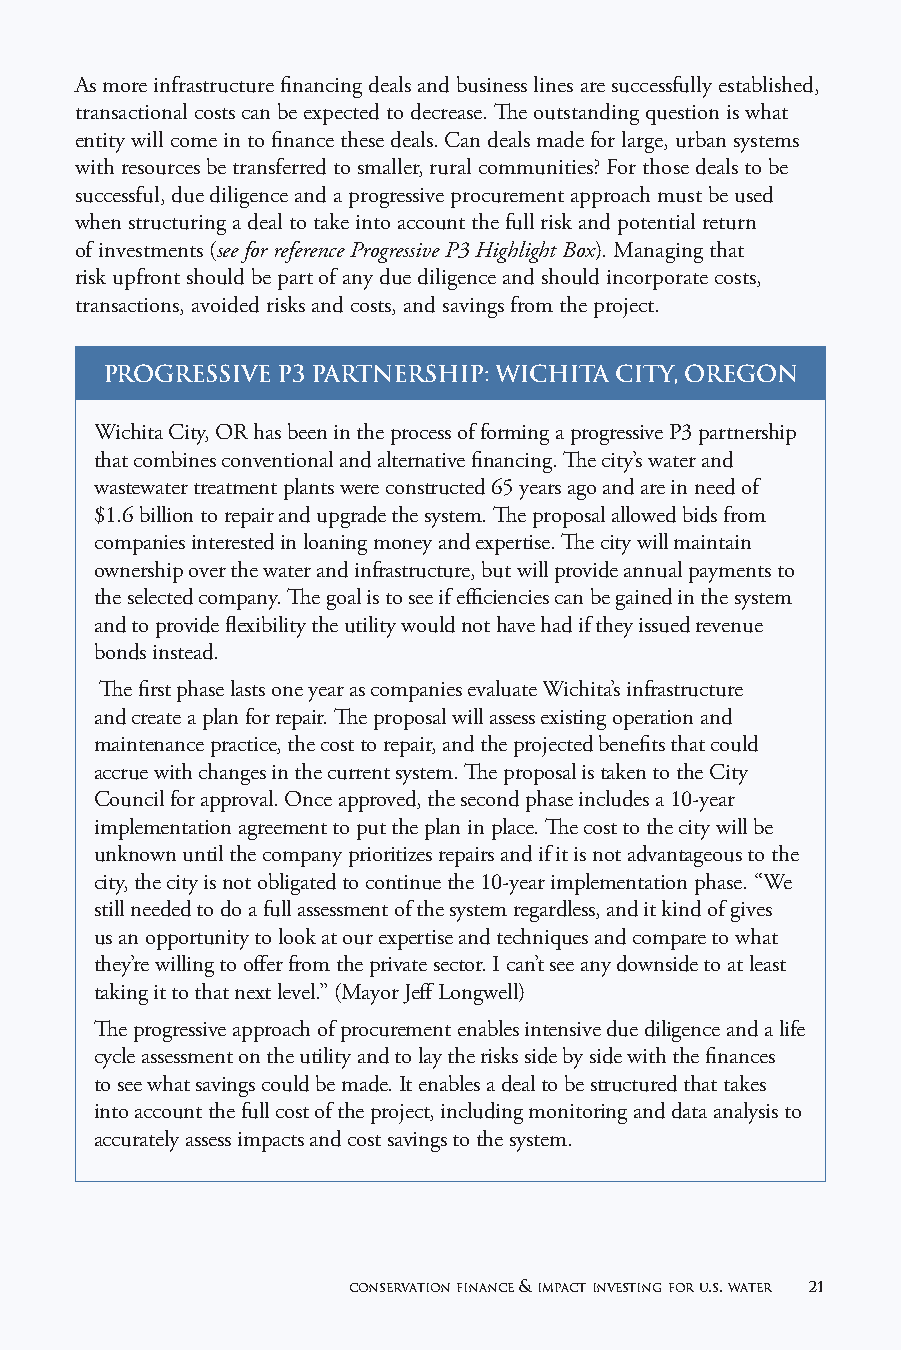
As more infrastructure financing deals and business lines are successfully established,
 transactional costs can be expected to decrease. The outstanding question is what
 entity will come in to finance these deals. Can deals made for large, urban systems
 with resources be transferred to smaller, rural communities? For those deals to be
 successful, due diligence and a progressive procurement approach must be used
 when structuring a deal to take into account the full risk and potential return
 of investments (see for reference Progressive P3 Highlight Box). Managing that
 risk upfront should be part of any due diligence and should incorporate costs,
 transactions, avoided risks and costs, and savings from the project.
 PROGRESSIVE P3 PARTNERSHIP: WICHITA CITY, OREGON
 Wichita City, OR has been in the process of forming a progressive P3 partnership
 that combines conventional and alternative financing. The city’s water and
 wastewater treatment plants were constructed 65 years ago and are in need of
 $1.6 billion to repair and upgrade the system. The proposal allowed bids from
 companies interested in loaning money and expertise. The city will maintain
 ownership over the water and infrastructure, but will provide annual payments to
 the selected company. The goal is to see if efficiencies can be gained in the system
 and to provide flexibility the utility would not have had if they issued revenue
 bonds instead.
 The first phase lasts one year as companies evaluate Wichita’s infrastructure
 and create a plan for repair. The proposal will assess existing operation and
 maintenance practice, the cost to repair, and the projected benefits that could
 accrue with changes in the current system. The proposal is taken to the City
 Council for approval. Once approved, the second phase includes a 10-year
 implementation agreement to put the plan in place. The cost to the city will be
 unknown until the company prioritizes repairs and if it is not advantageous to the
 city, the city is not obligated to continue the 10-year implementation phase. “We
 still needed to do a full assessment of the system regardless, and it kind of gives
 us an opportunity to look at our expertise and techniques and compare to what
 they’re willing to offer from the private sector. I can’t see any downside to at least
 taking it to that next level.” (Mayor Jeff Longwell)
 The progressive approach of procurement enables intensive due diligence and a life
 cycle assessment on the utility and to lay the risks side by side with the finances
 to see what savings could be made. It enables a deal to be structured that takes
 into account the full cost of the project, including monitoring and data analysis to
 accurately assess impacts and cost savings to the system.
 conservation finance & impact investing for u.s. water 21